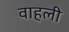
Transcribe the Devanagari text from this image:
वाहली